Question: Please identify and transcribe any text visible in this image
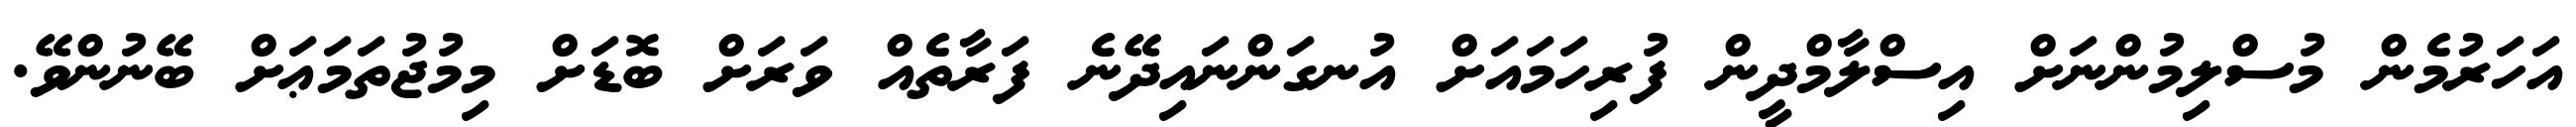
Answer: އަހަރުމެން މުސްލިމުންނަށް އިސްލާމްދީން ފުރިހަމައަށް އުނގަންނައިދޭނެ ފަރާތެއް ވަރަށް ބޮޑަށް މިމުޖުތަމަޢަށް ބޭނުންވޭ.